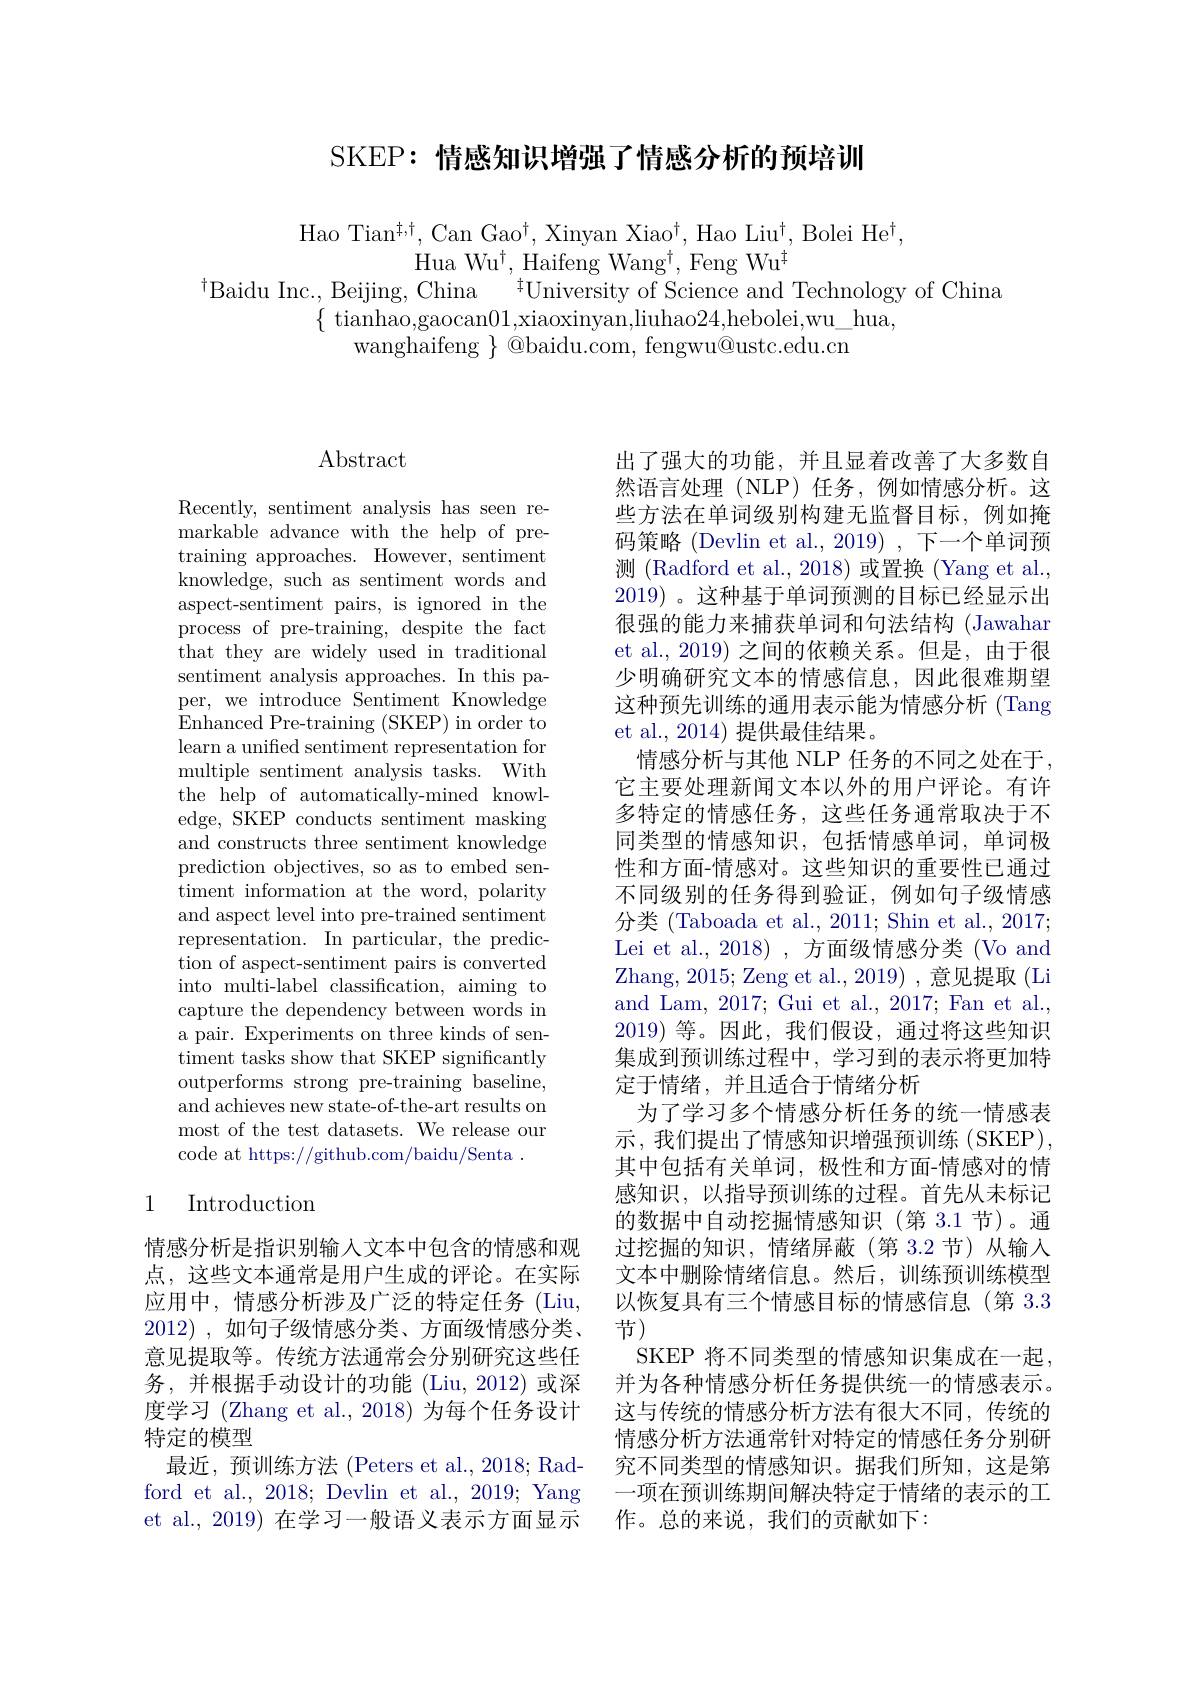
SKEP: 情感知识增强了情感分析的预培训

Hao Tian$^{\dagger,\dagger}$,Can Gao$^\dagger$,Xinyan Xiao$^\dagger$,Hao Liu$^\dagger$,Bolei He$^\dagger$,
Hua Wu$^\dagger$,Haifeng Wang$^\dagger$,Feng Wu$^\dagger$
$^{\dagger}$Baidu Inc., Beijing, China$^{\prime}$tUniversity of Science and Technology of China
$\{$ tianhao,gaocan01,xiaoxinyan,liuhao24,hebolei,wu\_hua,
wanghaifeng $\}$ @baidu.com, fengwu@ustc.edu.cn

# Abstract

Recently, sentiment analysis has seen remarkable advance with the help of pretraining approaches. However, sentiment knowledge, such as sentiment words and aspect-sentiment pairs, is ignored in the process of pre-training, despite the fact that they are widely used in traditional sentiment analysis approaches. In this paper, we introduce Sentiment Knowledge Enhanced Pre-training (SKEP) in order to learn a unified sentiment representation for multiple sentiment analysis tasks. With the help of automatically-mined knowledge, SKEP conducts sentiment masking and constructs three sentiment knowledge prediction objectives, so as to embed sentiment information at the word, polarity and aspect level into pre-trained sentiment representation. In particular, the prediction of aspect-sentiment pairs is converted into multi-label classification, aiming to capture the dependency between words in a pair. Experiments on three kinds of sentiment tasks show that SKEP significantly outperforms strong pre-training baseline, and achieves new state-of-the-art results on most of the test datasets. We release our code at https://github.com/baidu/Senta~.

## 1 Introduction

情感分析是指识别输入文本中包含的情感和观点，这些文本通常是用户生成的评论。在实际应用中，情感分析涉及广泛的特定任务(Liu, 2012),如句子级情感分类、方面级情感分类、 意见提取等。传统方法通常会分别研究这些任务，并根据手动设计的功能(Liu,2012)或深度学习 (Zhang et al., 2018) 为每个任务设计特定的模型
最近，预训练方法(Peters et al.,2018; Radford et al., 2018; Devlin et al., 2019; Yang et al., 2019) 在学习一般语义表示方面显示

出了强大的功能，并且显着改善了大多数自然语言处理(NLP)任务，例如情感分析。这些方法在单词级别构建无监督目标，例如掩码策略 (Devlin et al., 2019) , 下一个单词预测 (Radford et al., 2018)或置换 (Yang et al., 2019) 。这种基于单词预测的目标已经显示出很强的能力来捕获单词和句法结构 (Jawahar et al., 2019) 之间的依赖关系。但是，由于很少明确研究文本的情感信息，因此很难期望这种预先训练的通用表示能为情感分析 (Tang et al., 2014) 提供最佳结果。
情感分析与其他 NLP 任务的不同之处在于， 它主要处理新闻文本以外的用户评论。有许多特定的情感任务，这些任务通常取决于不同类型的情感知识，包括情感单词，单词极性和方面-情感对。这些知识的重要性已通过不同级别的任务得到验证，例如句子级情感分类 (Taboada et al., 2011; Shin et al., 2017; Lei et al., 2018), 方面级情感分类 (Vo and Zhang, 2015; Zeng et al. , 2019) , 意见提取 (Li and Lam, 2017; Gui et al., 2017; Fan et al. 2019)等。因此，我们假设，通过将这些知识集成到预训练过程中，学习到的表示将更加特定于情绪，并且适合于情绪分析
为了学习多个情感分析任务的统一情感表示，我们提出了情感知识增强预训练(SKEP), 其中包括有关单词，极性和方面-情感对的情感知识，以指导预训练的过程。首先从未标记的数据中自动挖掘情感知识(第 3.1节)。通过挖掘的知识，情绪屏蔽(第 3.2 节)从输入文本中删除情绪信息。然后，训练预训练模型以恢复具有三个情感目标的情感信息(第 3.3节)
SKEP 将不同类型的情感知识集成在一起， 并为各种情感分析任务提供统一的情感表示。这与传统的情感分析方法有很大不同，传统的情感分析方法通常针对特定的情感任务分别研究不同类型的情感知识。据我们所知，这是第一项在预训练期间解决特定于情绪的表示的工作。总的来说，我们的贡献如下：